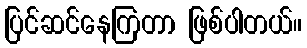
ပြင်ဆင်နေကြတာ ဖြစ်ပါတယ်။